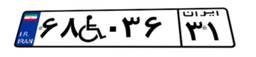
۳۲W۶۲۶۱۸